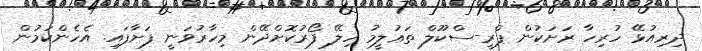
ދިރިއުޅޭ ހުރިހާ ރަށަކުން ޕްރީ-ސްކޫލް ތަޢުލީމު ހިލޭ ފޯރުކޮށްދޭން މިހާރުވަނީ ފަށާފައި. އެހެންކަމުން